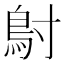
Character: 𬶾